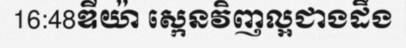
16:48ឌីយ៉ា ស្កេនវិញល្អជាងដឹង